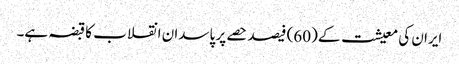
ایران کی معیشت کے (60) فیصد حصے پر پاسدان انقلاب کا قبضہ ہے۔